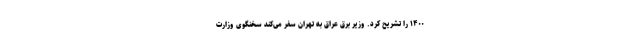
۱۴۰۰ را تشریح کرد. وزیر برق عراق به تهران سفر می‌کند سخنگوی وزارت